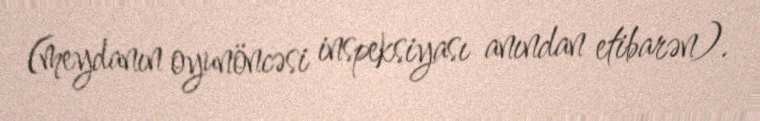
(meydanın oyunöncəsi inspeksiyası anından etibarən).